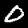
Label: 0